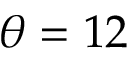
\theta = 1 2